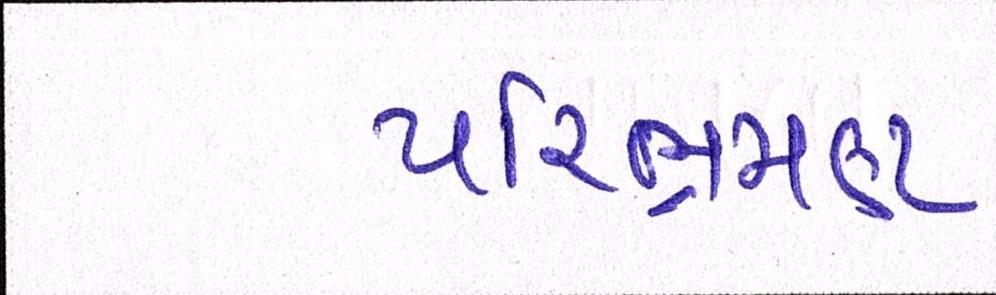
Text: પરિભ્રમણ